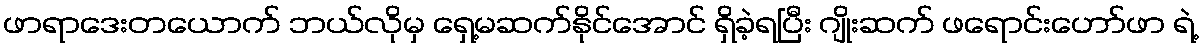
ဖာရာဒေးတယောက် ဘယ်လိုမှ ရှေ့မဆက်နိုင်အောင် ရှိခဲ့ရပြီး ဂျိုးဆက် ဖရောင်းဟော်ဖာ ရဲ့